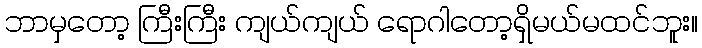
ဘာမှတော့ ကြီးကြီး ကျယ်ကျယ် ရောဂါတော့ရှိမယ်မထင်ဘူး။